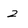
Character: 2